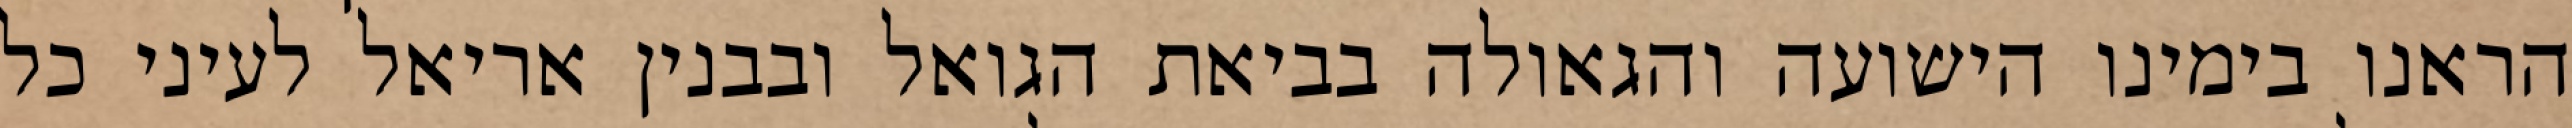
הראנו בימינו הישועה והגאולה בביאת הגואל ובבנין אריאל לעיני כל